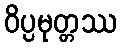
ဝိပ္ပမုတ္တဿ